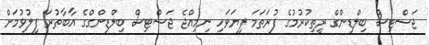
ޖަސްޓިސް ބިލްޑިންގް ރީތިކުރުމުގެ ފުރަތަމަ ފިޔަވަހި ނިމިއްޖެ ޖަސްޓިސް ބިލްޑިންގްގެ އާބާތުރަ ފިލުވުމަށް